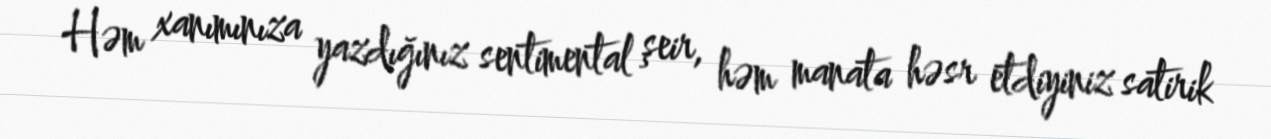
Həm xanımınıza yazdığınız sentimental şeir, həm manata həsr etdiyiniz satirik